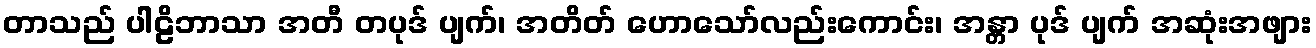
တာသည် ပါဠိဘာသာ အတီ တပုဒ် ပျက်၊ အတိတ် ဟောသော်လည်းကောင်း၊ အန္တာ ပုဒ် ပျက် အဆုံးအဖျား